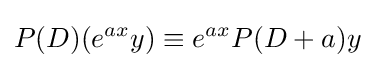
P(D)(e^{ax}y)\equiv e^{ax}P(D+a)y